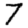
Digit: 7